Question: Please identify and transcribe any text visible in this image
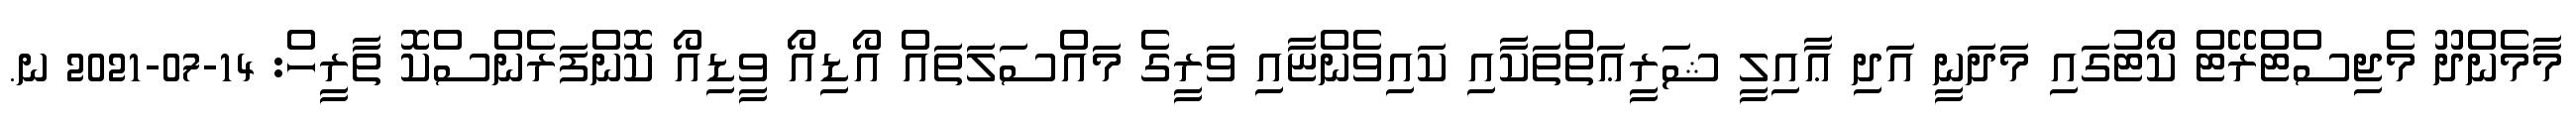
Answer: މާމެންދޫ މެޖިސްޓްރޭޓް ކޯޓުގައި މަދަނީ އަދި ޢާއިލީ ޝަރީޢަތްތަކާއި ކައިވެންޏާއި ވަރީގެ މައްސަލަތައް އޯޑިއޯ ވީޑިއޯ ކޮންފަރެންސްކޮ ތާރީހް: 14-07-2021 ނ.